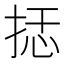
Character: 𰓭